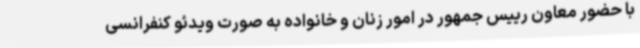
با حضور معاون رییس جمهور در امور زنان و خانواده به صورت ویدئو کنفرانسی